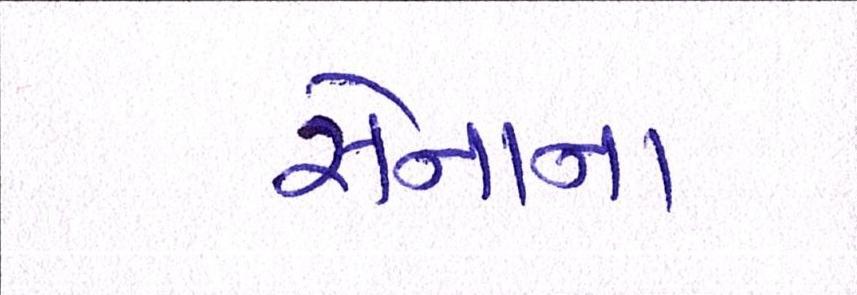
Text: સેનાના